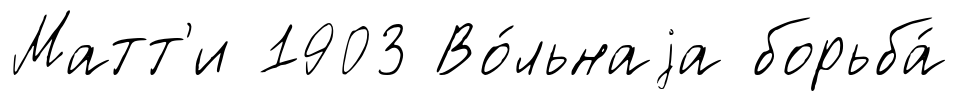
Матт'и 1903 Во́льнаjа борьба́